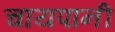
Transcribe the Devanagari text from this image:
चायपानी